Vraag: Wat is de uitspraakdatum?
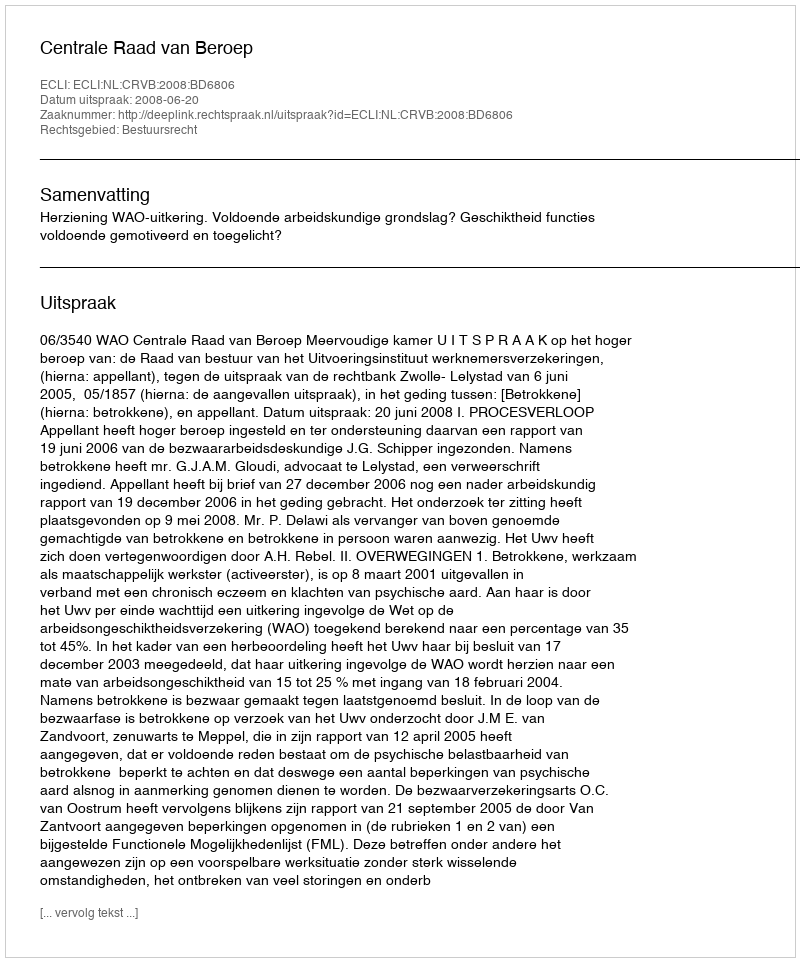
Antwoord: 2008-06-20